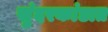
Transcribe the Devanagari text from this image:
सुंदरकांडात